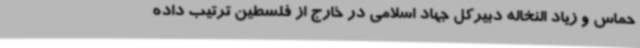
حماس و زیاد النخاله دبیرکل جهاد اسلامی در خارج از فلسطین ترتیب داده